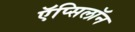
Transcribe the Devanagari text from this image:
ऍप्सिलॉन